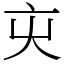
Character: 㐪